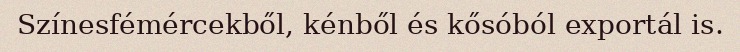
Színesfémércekből, kénből és kősóból exportál is.